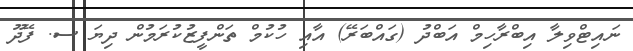
ނައިޓްވިލާ އިބްރާހިމް އަބްދު (ގައްބަރޭ) އާއި ހުކުމް ތަންފީޒުކުރަމުން ދިޔަ ސ. ފޭދޫ